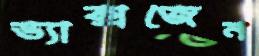
ভ্যাক্সজেন